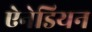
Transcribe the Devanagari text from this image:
ऐनेडियन